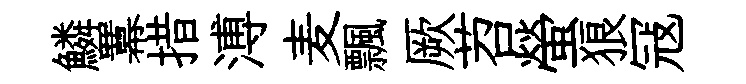
鱗羃措溥麦飄厥苕螢狼冦